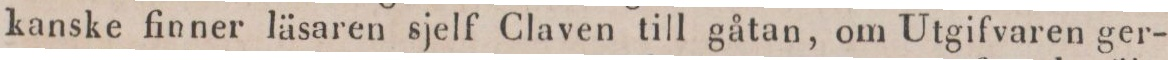
kanske finner läsaren sjelf Claven till gåtan, om Utgifvaren ger-